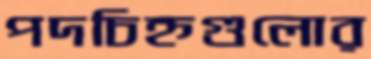
পদচিহ্নগুলোর